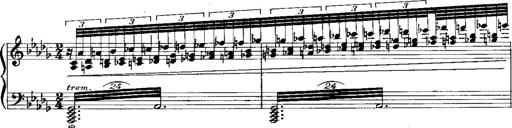
Title: RÃ©miniscences de 'Lucia di Lammermoor'
Composer: Franz Liszt